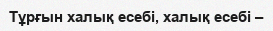
Тұрғын халық есебі, халық есебі –